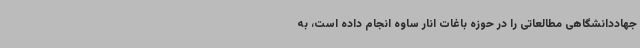
جهاددانشگاهی مطالعاتی را در حوزه باغات انار ساوه انجام داده است، به